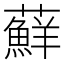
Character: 蘚